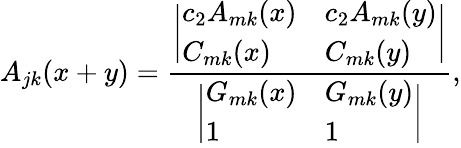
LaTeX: A_{jk}(x+y)={\frac{\biggl|\begin{array}{ll}{{c_{2}A_{mk}(x)}}&{{c_{2}A_{mk}(y)}}\\ {{C_{mk}(x)}}&{{C_{mk}(y)}}\end{array}\biggr|}{\biggl|\begin{array}{ll}{{G_{mk}(x)}}&{{G_{mk}(y)}}\\ {{1}}&{{1}}\end{array}\biggr|}},